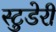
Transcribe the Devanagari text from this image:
स्टुडेरी